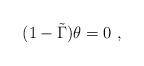
LaTeX: \begin{align*}(1 - \tilde{\Gamma} ) \theta = 0 \ ,\end{align*}